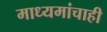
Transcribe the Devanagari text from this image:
माध्यमांचाही